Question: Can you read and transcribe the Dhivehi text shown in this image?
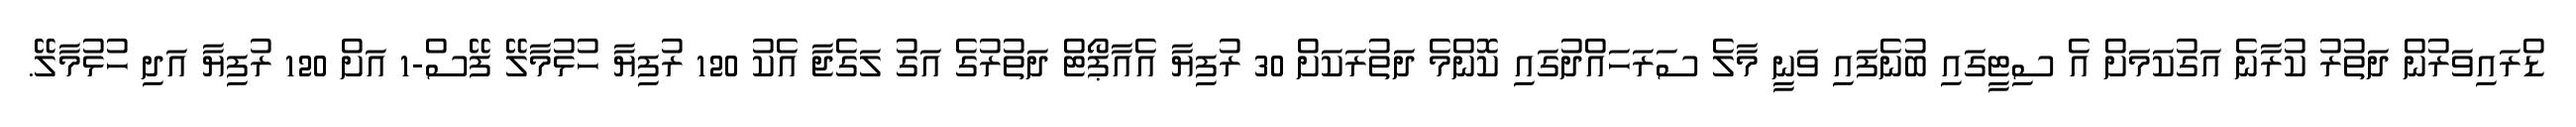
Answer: ޑްރައިވަރުން ދަތުރު ކުރާނެ އަގުކަމަށް އެ ސިޓީގައި ބުނެފައި ވަނީ މާލެ ސަރަހައްދުގައި ކޮންމެ ދަތުރަކަށް 30 ރުފިޔާ އެއާޕޯޓް ދަތުރުގެ އަގު ލަގެޖާ އެކު 120 ރުފިޔާ ހުޅުމާލޭ ފޭސް-1 އަށް 120 ރުފިޔާ އަދި ހުޅުމާލޭ.